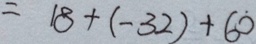
= 1 8 + ( - 3 2 ) + 6 0